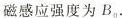
磁感应强度为B_{0}.